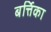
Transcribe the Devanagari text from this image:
बर्त्तिका